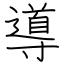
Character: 導